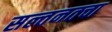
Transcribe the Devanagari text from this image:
सल्तनतचा